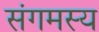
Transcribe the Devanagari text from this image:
संगमस्य